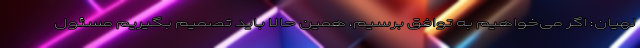
لهیان: اگر می‌خواهیم به توافق برسیم، همین حالا باید تصمیم بگیریم مسئول